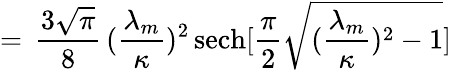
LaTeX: =\, \frac{3\sqrt{\pi}}{8}\, (\frac{\lambda_{m}}{\kappa})^{2}\, \mathrm{sech}[\frac{\pi}{2}\sqrt{(\frac{\lambda_{m}}{\kappa})^{2}-1}]